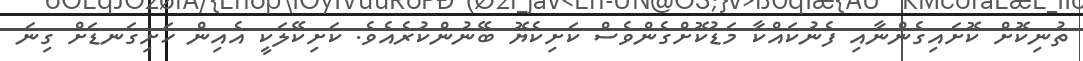
ތުނިކޮށް ކޮށައިގެންނާއި ފެނުކަައްކާ މަޑުކޮށްގެންވެސް ކަށިކެޔޮ ބޭނުންކުރެއެވެ. ކަށިކޭލަކީ އެއިން ހަށިގަނޑަށް ގިނަ